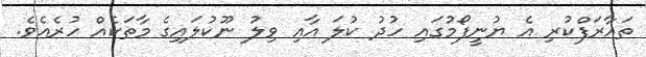
ތައާރަފްކުރި އެ ޔުނީފޯމުގައި ހުދު ކުލަ އާއި ވިލު ނޫކުލައިގެ މާތަކެއް ހުރެއެވެ.